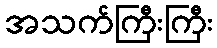
အသက်ကြီးကြီး